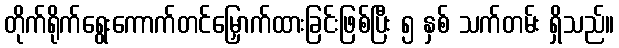
တိုက်ရိုက်ရွေးကောက်တင်မြှောက်ထားခြင်းဖြစ်ပြီး ၅ နှစ် သက်တမ်း ရှိသည်။